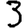
Digit: 3